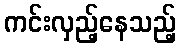
ကင်းလှည့်နေသည့်